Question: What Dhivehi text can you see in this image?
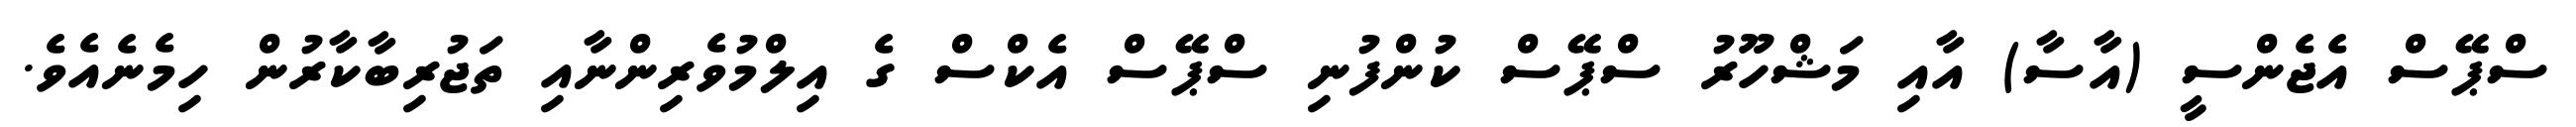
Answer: ސްޕޭސް އެޖެންސީ (އާސާ) އާއި މަޝްހޫރު ސްޕޭސް ކުންފުނި ސްޕޭސް އެކްސް ގެ އިލްމުވެރިންނާއި ތަޖުރިބާކާރުން ހިމެނެއެވެ.